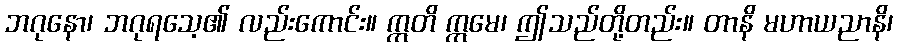
ဘဂုနော၊ ဘဂုရသေ့၏ လည်းကောင်း။ ဣတိ ဣမေ၊ ဤသည်တို့တည်း။ တာနိ မဟာယညာနိ၊